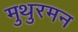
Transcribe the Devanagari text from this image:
मुथुरमन